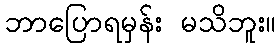
ဘာပြောရမှန်း မသိဘူး။